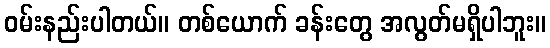
ဝမ်းနည်းပါတယ်။ တစ်ယောက် ခန်းတွေ အလွတ်မရှိပါဘူး။